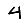
Digit: 4